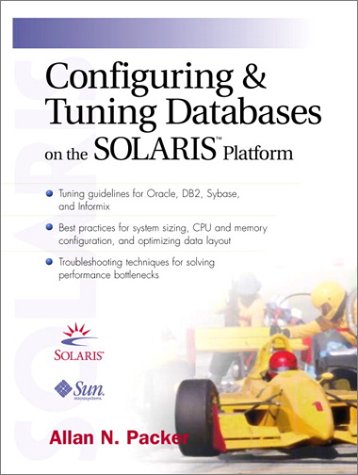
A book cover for Configuring and Tuning Databases on the Solaris Platform; Allan N. Packer; Computers & Technology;